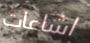
اشاعات